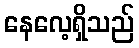
နေလေ့ရှိသည်